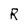
Character: R